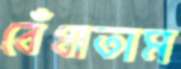
বেঁধাতাম